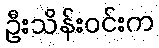
ဦးသိန်းဝင်းက